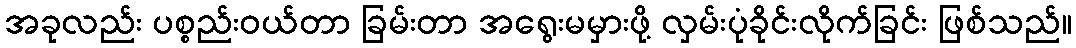
အခုလည်း ပစ္စည်းဝယ်တာ ခြမ်းတာ အရွေးမမှားဖို့ လှမ်းပုံခိုင်းလိုက်ခြင်း ဖြစ်သည်။